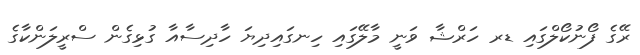
ރޭގެ ފޯނުކޯލްގައި ޑރ ހަރްޝާ ވަނީ މާލޭގައި ހިނގައިދިޔަ ހާދިސާއާ ގުޅިގެން ސްރީލަންކާގެ